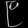
Digit: ၉